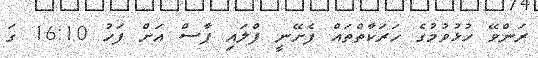
ރަންވޭ ހުޅުވުމުގެ ހަރަކާތްތައް ފެށޭނީ ފްލައި ޕާސް އަށް ފަހު 16:10 ގަ